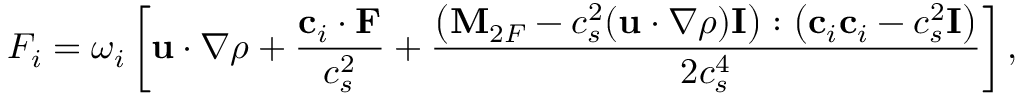
F _ { i } = \omega _ { i } \left[ \mathbf { u } \cdot \nabla \rho + \frac { \mathbf { c } _ { i } \cdot \mathbf { F } } { c _ { s } ^ { 2 } } + \frac { \left( \mathbf { M } _ { 2 F } - c _ { s } ^ { 2 } ( \mathbf { u } \cdot \nabla \rho ) \mathbf { I } \right) : \left( \mathbf { c } _ { i } \mathbf { c } _ { i } - c _ { s } ^ { 2 } \mathbf { I } \right) } { 2 c _ { s } ^ { 4 } } \right] ,